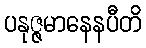
ပနုဇ္ဇမာနေနပီတိ